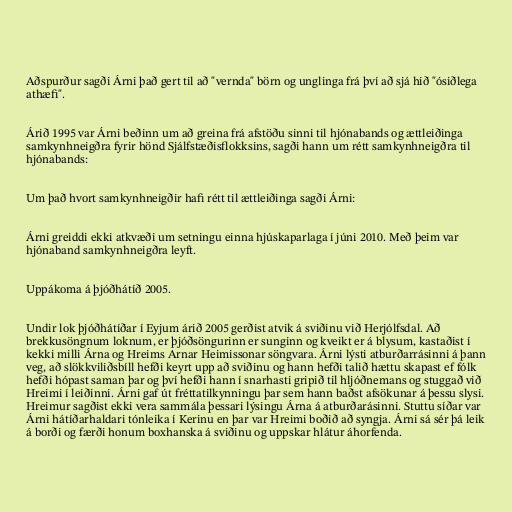
Aðspurður sagði Árni það gert til að "vernda" börn og unglinga frá því að sjá hið "ósiðlega
athæfi".

Árið 1995 var Árni beðinn um að greina frá afstöðu sinni til hjónabands og ættleiðinga
samkynhneigðra fyrir hönd Sjálfstæðisflokksins, sagði hann um rétt samkynhneigðra til
hjónabands:

Um það hvort samkynhneigðir hafi rétt til ættleiðinga sagði Árni:

Árni greiddi ekki atkvæði um setningu einna hjúskaparlaga í júni 2010. Með þeim var
hjónaband samkynhneigðra leyft.

Uppákoma á þjóðhátíð 2005.

Undir lok þjóðhátíðar í Eyjum árið 2005 gerðist atvik á sviðinu við Herjólfsdal. Að
brekkusöngnum loknum, er þjóðsöngurinn er sunginn og kveikt er á blysum, kastaðist í
kekki milli Árna og Hreims Arnar Heimissonar söngvara. Árni lýsti atburðarrásinni á þann
veg, að slökkviliðsbíll hefði keyrt upp að sviðinu og hann hefði talið hættu skapast ef fólk
hefði hópast saman þar og því hefði hann í snarhasti gripið til hljóðnemans og stuggað við
Hreimi í leiðinni. Árni gaf út fréttatilkynningu þar sem hann baðst afsökunar á þessu slysi.
Hreimur sagðist ekki vera sammála þessari lýsingu Árna á atburðarásinni. Stuttu síðar var
Árni hátíðarhaldari tónleika í Kerinu en þar var Hreimi boðið að syngja. Árni sá sér þá leik
á borði og færði honum boxhanska á sviðinu og uppskar hlátur áhorfenda.